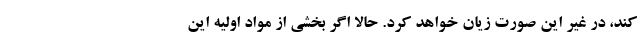
کند، در غیر این صورت زیان خواهد کرد. حالا اگر بخشی از مواد اولیه این